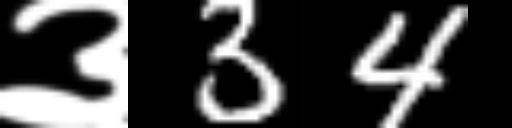
Text: ३34